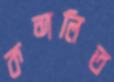
কন্দলিত